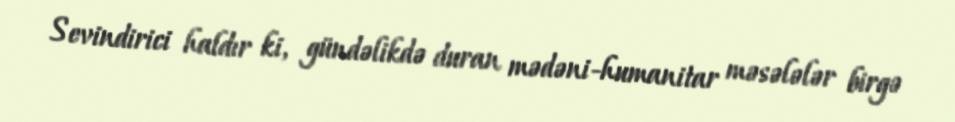
Sevindirici haldır ki, gündəlikdə duran mədəni-humanitar məsələlər birgə